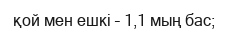
қой мен ешкі – 1,1 мың бас;